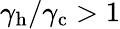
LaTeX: \gamma_{\mathrm{h}}/\gamma_{\mathrm{c}}>1